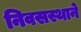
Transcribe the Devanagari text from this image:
निवसस्थाने